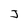
Character: J